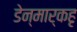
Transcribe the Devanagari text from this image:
डेन्मार्कहृ